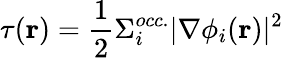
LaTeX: \tau(\mathbf{r})=\frac{1}{2}\Sigma_{i}^{occ.}|\nabla\phi_{i}(\mathbf{r})|^{2}